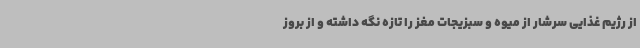
از رژیم غذایی سرشار از میوه و سبزیجات مغز را تازه نگه داشته و از بروز